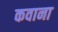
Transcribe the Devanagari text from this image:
कवाना